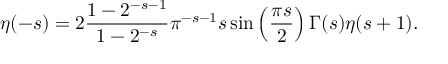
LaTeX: \eta ( - s ) = 2 { \frac { 1 - 2 ^ { - s - 1 } } { 1 - 2 ^ { - s } } } \pi ^ { - s - 1 } s \sin \left( { \frac { \pi s } { 2 } } \right) \Gamma ( s ) \eta ( s + 1 ) .